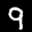
Label: 9